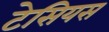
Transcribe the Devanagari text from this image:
टेसियस